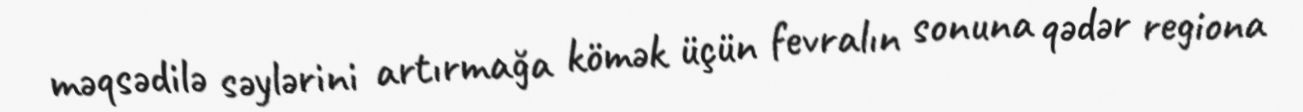
məqsədilə səylərini artırmağa kömək üçün fevralın sonuna qədər regiona